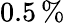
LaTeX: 0.5\, \%